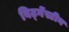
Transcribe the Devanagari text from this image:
विट्गेंस्टीन